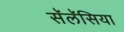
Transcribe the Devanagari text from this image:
सॅलॅसिया